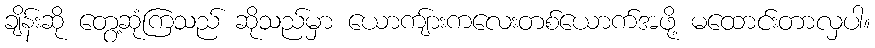
ချိန်းဆို တွေ့ဆုံကြသည် ဆိုသည်မှာ ယောကျ်ားကလေးတစ်ယောက်အဖို့ မထောင်းတာလှပါ။